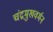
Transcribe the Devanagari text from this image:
चंद्रमुखवर्मन